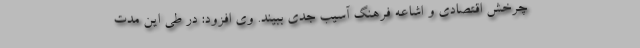
چرخش اقتصادی و اشاعه فرهنگ آسیب جدی ببیند. وی افزود: در طی این مدت